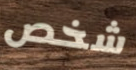
شخص